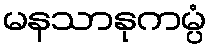
မနသာနုကမ္ပံ